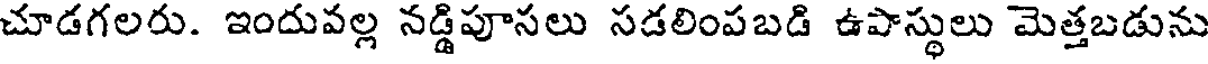
చూడగలరు. ఇందువల్ల నడ్డిపూసలు సడలింపబడి ఉపాస్థులు మెత్తబడును